Civil Veterinary Dept. Assam report 1927-50 - 1927-1950
Year: 1927
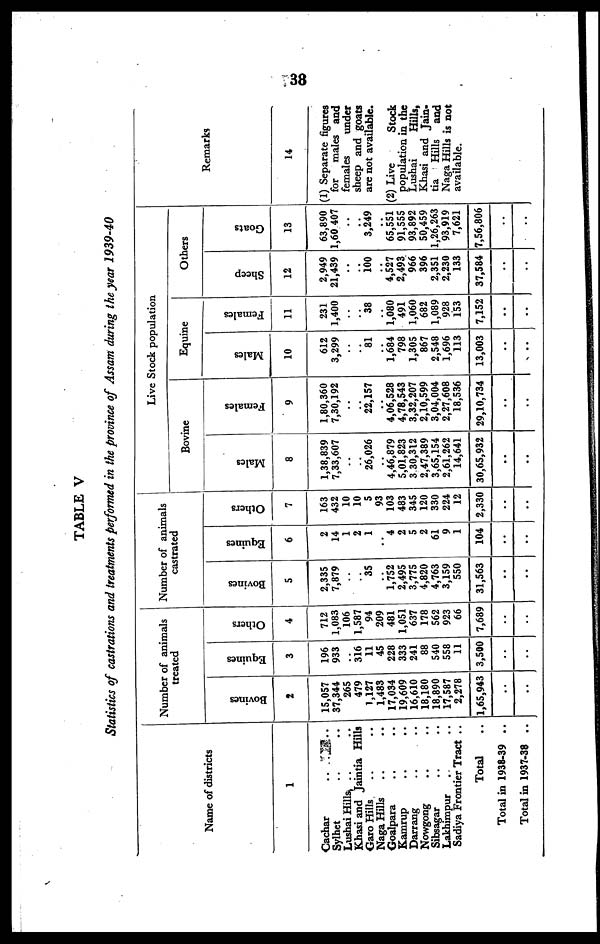
38
TABLE V
Statistics of castrations and treatments performed in the province of Assam during the year 1939-40
Name of districts
1
Cachar .. ..
Sylhet .. ..
Lushai Hills .. ..
Khasi and Jaintia Hills
Garo Hills .. ..
Naga Hills .. ..
Goalpara .. ..
Kamrup .. ..
Darrang .. ..
Nowgong .. ..
Sibsagar .. ..
Lakhimpur .. ..
Sadiya Frontier Tract ..
Total ..
Total in 1938-39 ..
Total in 1937-38 ..
Number of animals
treated
Bovines
2
15,057
37,344
265
479
1,127
1,483
17,034
19,609
16,610
18,180
18,890
17,587
2,278
1,65,943
..
..
Equines
3
196
933
.. 316
11
45
228
333
241
88
540
558
11
3,590
..
..
Others
4
712
1,083
106
1,587
94
209
481
1,051
637
178
562
923
66
7,689
..
..
Number of animals
castrated
Bovines
5
2,335
7,879
..
..
35
..
1,752
2,495
3,775
4,820
4,763
3,159
550
31,563
..
..
Equines
6
2
14
1
2
1
..
4
2
5
2
61
9
1
104
..
..
Others
7
163
432
10
10
5
93
103
483
345
120
330
224
12
2,330
..
..
Live Stock population
Bovine
Males
8
1,38,839
7,33,607
..
..
26,026
..
4,46,879
5,01,823
330,312
2,47,389
3,65,154
2,61,262
14,641
30,65,932
..
..
Females
9
1,80,360
7,30,192
..
..
22,157
..
4,06,528
4,78,543
3,32,207
2,10,599
3,04,004
2,27,608
18,536
29,10,734
..
..
Equine
Males
10
612
3,299
..
..
81
..
1,684
798
1,305
867
2,548
1,696
113
13,003
..
..
Females
11
231
1,400
..
..
38
..
1,080
491
1,060
682
1,089
928
153
7,152
..
..
Others
Sheep
12
2,949
21,439
..
..
100
..
4,527
2,493
966
396
2,351
2,230
133
37,584
..
..
Goats
13
63,890
1,60 407
..
..
3,249
..
65,551
91,555
93,892
50,459
1,26,263
93,919
7,621
7,56,806
..
..
Remarks
14
(1) Separate figures
for
males and
females
under
sheep and goats
are not available.
(2) Live
Stock
population in the
Lushai
Hills,
Khasi and Jain-
tia
Hills
and
Naga Hills is not
available.